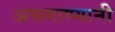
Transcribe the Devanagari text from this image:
अफगाण्यानी